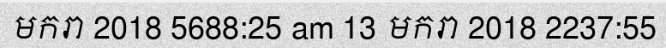
មករា 2018 5688:25 am 13 មករា 2018 2237:55